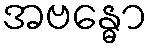
အဗန္ဓော